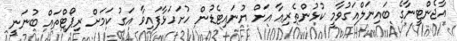
އާޖެންޓީނާގެ ބައިނަލްއަގުވާމީ ކުޅުންތެރިއާ އަށް ޔުނައިޓެޑުން ހުށަހަޅާފައިވާ އަގު ކަމަށް ރިޕޯޓްތައް ބުނަނީ